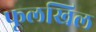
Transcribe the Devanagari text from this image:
फूलखिल